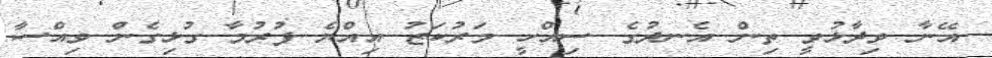
އޭނާ ވިދާޅުވީ ތިން އެނދުގެ ސިއްހީ މަރުކަޒު އިއްޔެ ފުރުމާ ގުޅިގެން ވިއްސާ